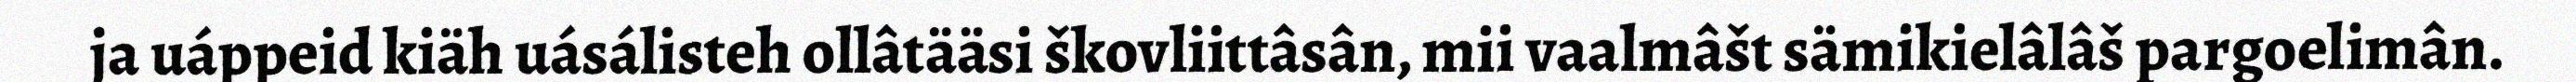
ja uáppeid kiäh uásálisteh ollâtääsi škovliittâsân, mii vaalmâšt sämikielâlâš pargoelimân.